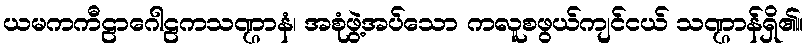
ယမကကီဠာဂေါဠကသဏ္ဌာနံ၊ အစုံဖွဲ့အပ်သော ကလူစဖွယ်ကျင်ငယ် သဏ္ဌာန်ရှိ၏။